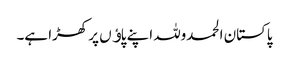
پاکستان الحمدوللہ اپنے پاﺅں پر کھڑا ہے۔